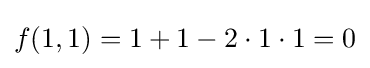
f(1,1)=1+1-2\cdot 1\cdot 1=0